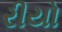
રીયો